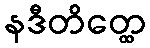
နဒီတိတ္ထေ